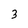
Character: 3